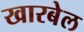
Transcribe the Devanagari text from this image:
खारबेल